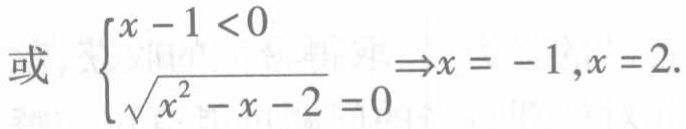
或 $\begin{cases}x - 1 < 0 \\ \sqrt{x^{2} - x - 2} = 0\end{cases}\Rightarrow x = -1,x = 2.$